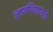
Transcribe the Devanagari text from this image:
ज्ञानविज्ञानदो